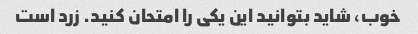
خوب، شاید بتوانید این یکی را امتحان کنید. زرد است